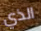
الذي